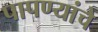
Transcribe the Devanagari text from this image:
पापण्यांचे